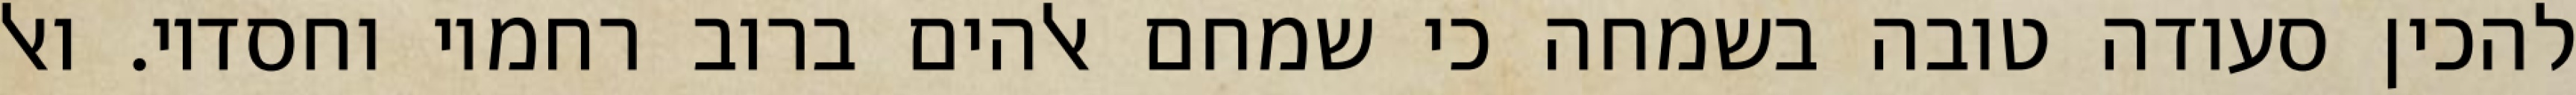
להכין סעודה טובה בשמחה כי שמחם אלהים ברוב רחמיו וחסדיו. ואל